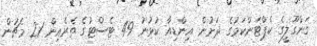
ގަންގޫލީގެ ކެޕްޓަންކަމުގެ ދަށުން އިންޑިއާ ކުޅުނު 49 ޓެސްޓުގެ ތެރެއިން 21 މެޗުން